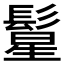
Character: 𱆂